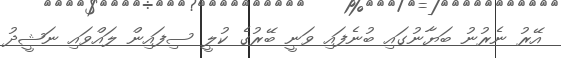
އޭރު ނެރުނު ބަޔާނުގައި ބުނެފައި ވަނީ ބޭރުގެ ކުލީ ސިފައިން ލައްވައި ނަޝީދު